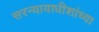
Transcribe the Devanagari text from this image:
सरन्यायाधीशांच्या